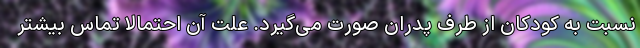
نسبت به کودکان از طرف پدران صورت می‌گیرد. علت آن احتمالا تماس بیشتر